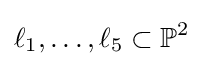
\ell _{1},\ldots ,\ell _{5}\subset \mathbb {P} ^{2}